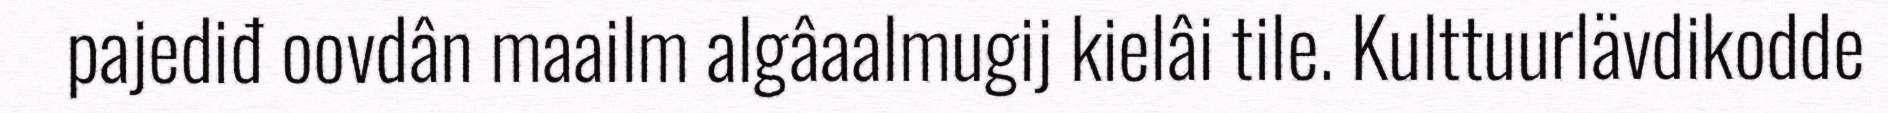
pajediđ oovdân maailm algâaalmugij kielâi tile. Kulttuurlävdikodde